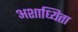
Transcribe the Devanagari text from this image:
अशाध्यिता